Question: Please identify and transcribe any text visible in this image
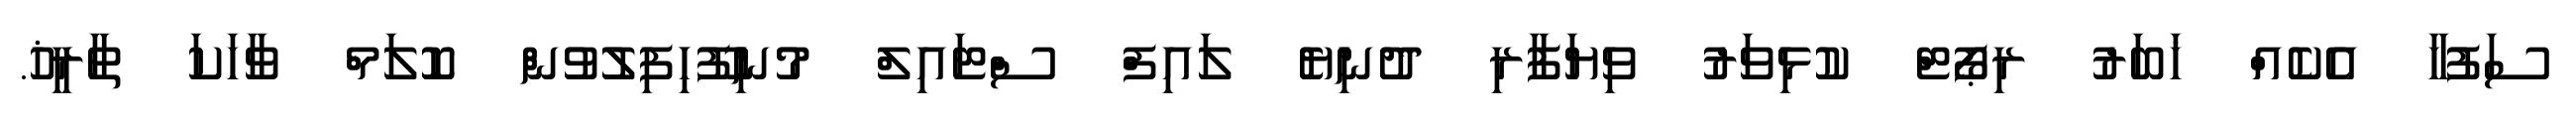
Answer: ސަފުހާ އެކެއް ޚަބަރު ރިޕޯޓް ކުޅިވަރު ވިޔަފާރި ދުނިޔެ ލައިފް ސްޓައިލް މުނިފޫހިފިލުވުން ކޮލަމް ވާހަކަ ތާރީޚު.